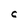
Character: C